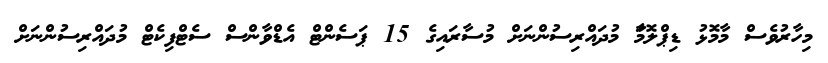
މިހާރުވެސް މާމޮޅު ޑިޕްލޮމަާ މުދައްރިސުންނަށް މުސާރައިގެ 15 ޕަސެންޓް އެޑްވާންސް ސެޓްފިކެޓް މުދައްރިސުންނަށް